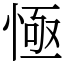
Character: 㥛